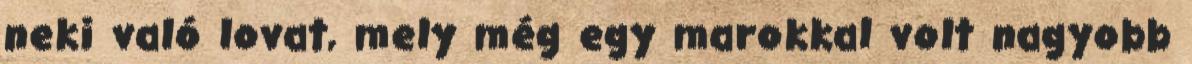
neki való lovat, mely még egy marokkal volt nagyobb